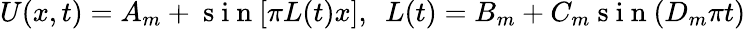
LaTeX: U(x,t)=A_{m}+\mathrm{~s~i~n~}[\pi L(t)x],\ \ L(t)=B_{m}+C_{m}\mathrm{~s~i~n~}(D_{m}\pi t)